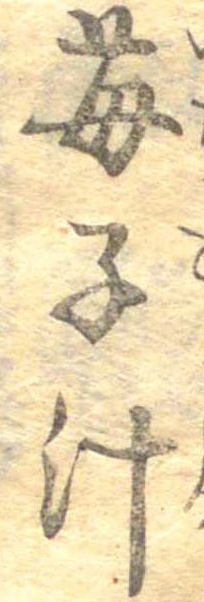
苺子汁